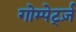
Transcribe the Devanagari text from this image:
गोम्पेर्ट्ज़